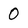
Character: 0